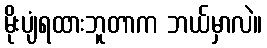
မိုးပျံရထားဘူတာက ဘယ်မှာလဲ။